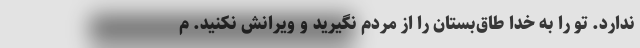
ندارد. تو را به خدا طاق‌بستان را از مردم نگیرید و ویرانش نکنید. م